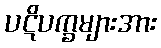
ပဋိပက္ခများအား